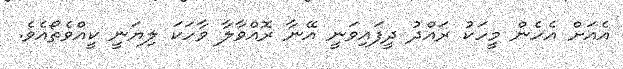
އެއަށް އެހެން މީހަކު ރައްދު ދީފައިވަނީ އޭނާ ރޮއްވާލާ ވާހަކަ ލިޔަނީ ކީއްވެތޯއެވެ.